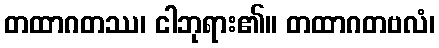
တထာဂတဿ၊ ငါဘုရား၏။ တထာဂတဗလံ၊